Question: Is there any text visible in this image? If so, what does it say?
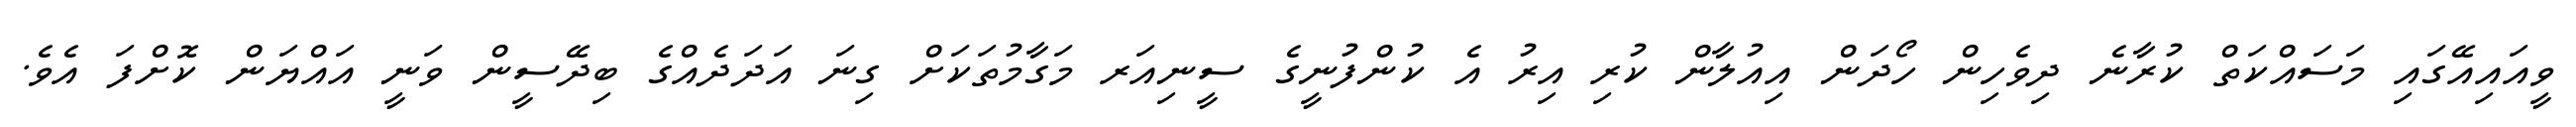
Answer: ވީއައިއޭގައި މަސައްކަތް ކުރާނެ ދިވެހިން ހޯދަން އިއުލާން ކުރި އިރު އެ ކުންފުނީގެ ސީނިއަރ މަގާމުތަކަށް ގިނަ އަދަދެއްގެ ބިދޭސީން ވަނީ އައްޔަން ކޮށްފަ އެވެ.